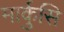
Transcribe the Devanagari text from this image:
मार्कुसि